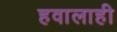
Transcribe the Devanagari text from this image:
हवालाही